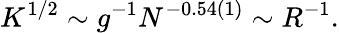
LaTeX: K^{1/2}\sim g^{-1}N^{-0.54(1)}\sim R^{-1}.